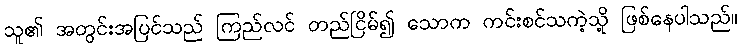
သူ၏ အတွင်းအပြင်သည် ကြည်လင် တည်ငြိမ်၍ သောက ကင်းစင်သကဲ့သို့ ဖြစ်နေပါသည်။